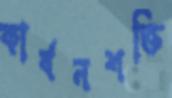
কার্বনশক্তি